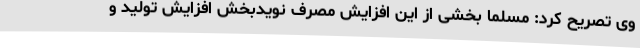
وی تصریح کرد: مسلما بخشی از این افزایش مصرف نویدبخش افزایش تولید و